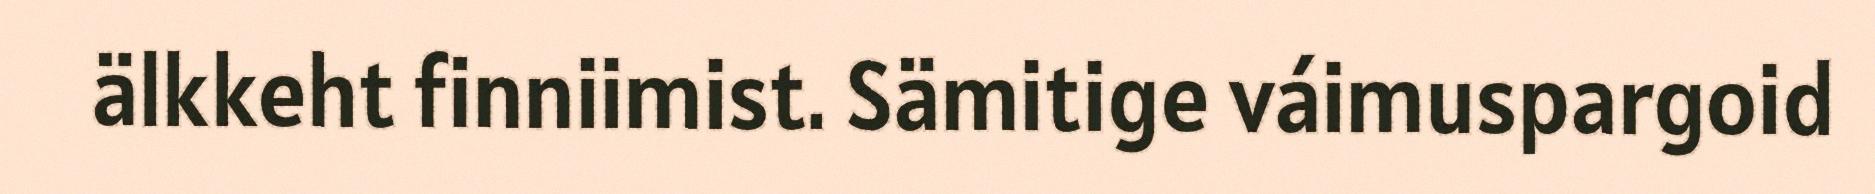
älkkeht finniimist. Sämitige váimuspargoid